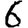
Digit: 6